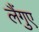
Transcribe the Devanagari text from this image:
लैंगुए